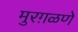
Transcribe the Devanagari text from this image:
मुरग़ळणे